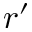
r ^ { \prime }